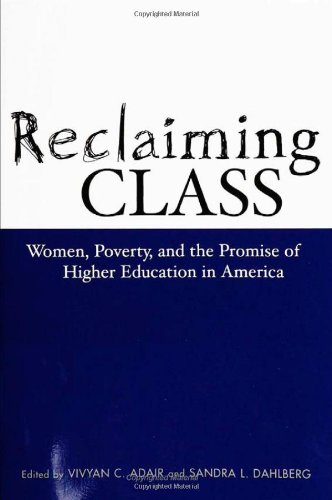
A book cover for Reclaiming Class: Women, Poverty, And The Promise (Teaching/Learning Social Justi); Sandra L. Dahlberg; Gay & Lesbian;